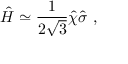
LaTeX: \hat { H } \simeq \frac { 1 } { 2 \sqrt { 3 } } \hat { \chi } \hat { \sigma } \ ,